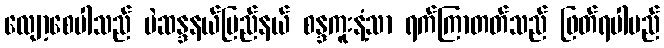
လျော့စေပါသည် မဲဆန္ဒနယ်ပြည်နယ် စန္ဒကူးနံ့သာ ရက်ကြာတတ်သည် ဖြတ်ရပါမည်